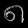
Digit: ၈